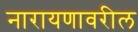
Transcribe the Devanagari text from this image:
नारायणावरील